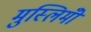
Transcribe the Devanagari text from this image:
मुस्लिमोँ